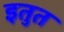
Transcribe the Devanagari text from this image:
इतुत